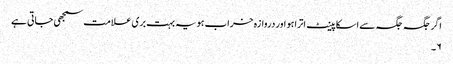
اگر جگہ جگہ سے اسکا پینٹ اترا ہو اور دروازہ خراب ہو یہ بہت بری علامت سمجھی جاتی ہے
۶۔